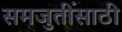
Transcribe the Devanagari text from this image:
समजुतींसाठी